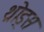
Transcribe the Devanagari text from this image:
थ्रोड्स